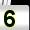
Digit: 5